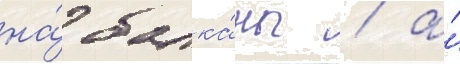
на́ балка́ны / а́